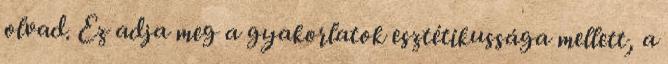
olvad. Ez adja meg a gyakorlatok esztétikussága mellett, a